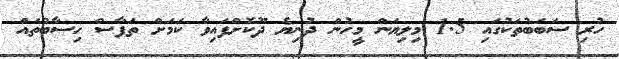
ހުރި ސަބަބުތަކުގައި 1.5 މިލިޔަން މީހުން ދުނިޔެ ދޫކޮށްފައިވާ ކަމަށް ތަފާސް ހިސާބުތައް